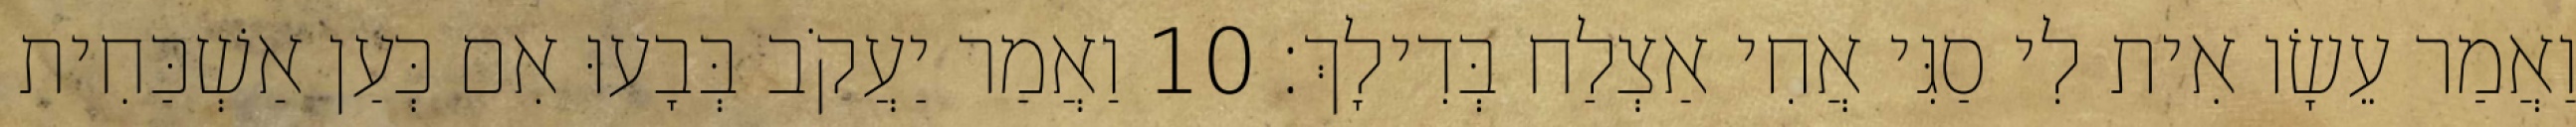
וַאֲמַר עֵשָׂו אִית לִי סַגִּי אֲחִי אַצְלַח בְּדִילָךְ׃ 10 וַאֲמַר יַעֲקֹב בְּבָעוּ אִם כְּעַן אַשְׁכַּחִית